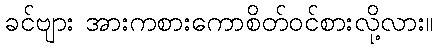
ခင်ဗျား အားကစားကောစိတ်ဝင်စားလို့လား။